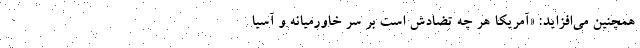
همچنین می‌افزاید: «آمریکا هر چه تضادش است بر سر خاورمیانه و آسیا